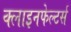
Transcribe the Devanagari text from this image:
क्लाइनफेल्टर्स